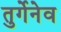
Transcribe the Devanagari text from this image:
तुर्गेनेव